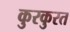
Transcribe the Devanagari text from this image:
कुरकुरत